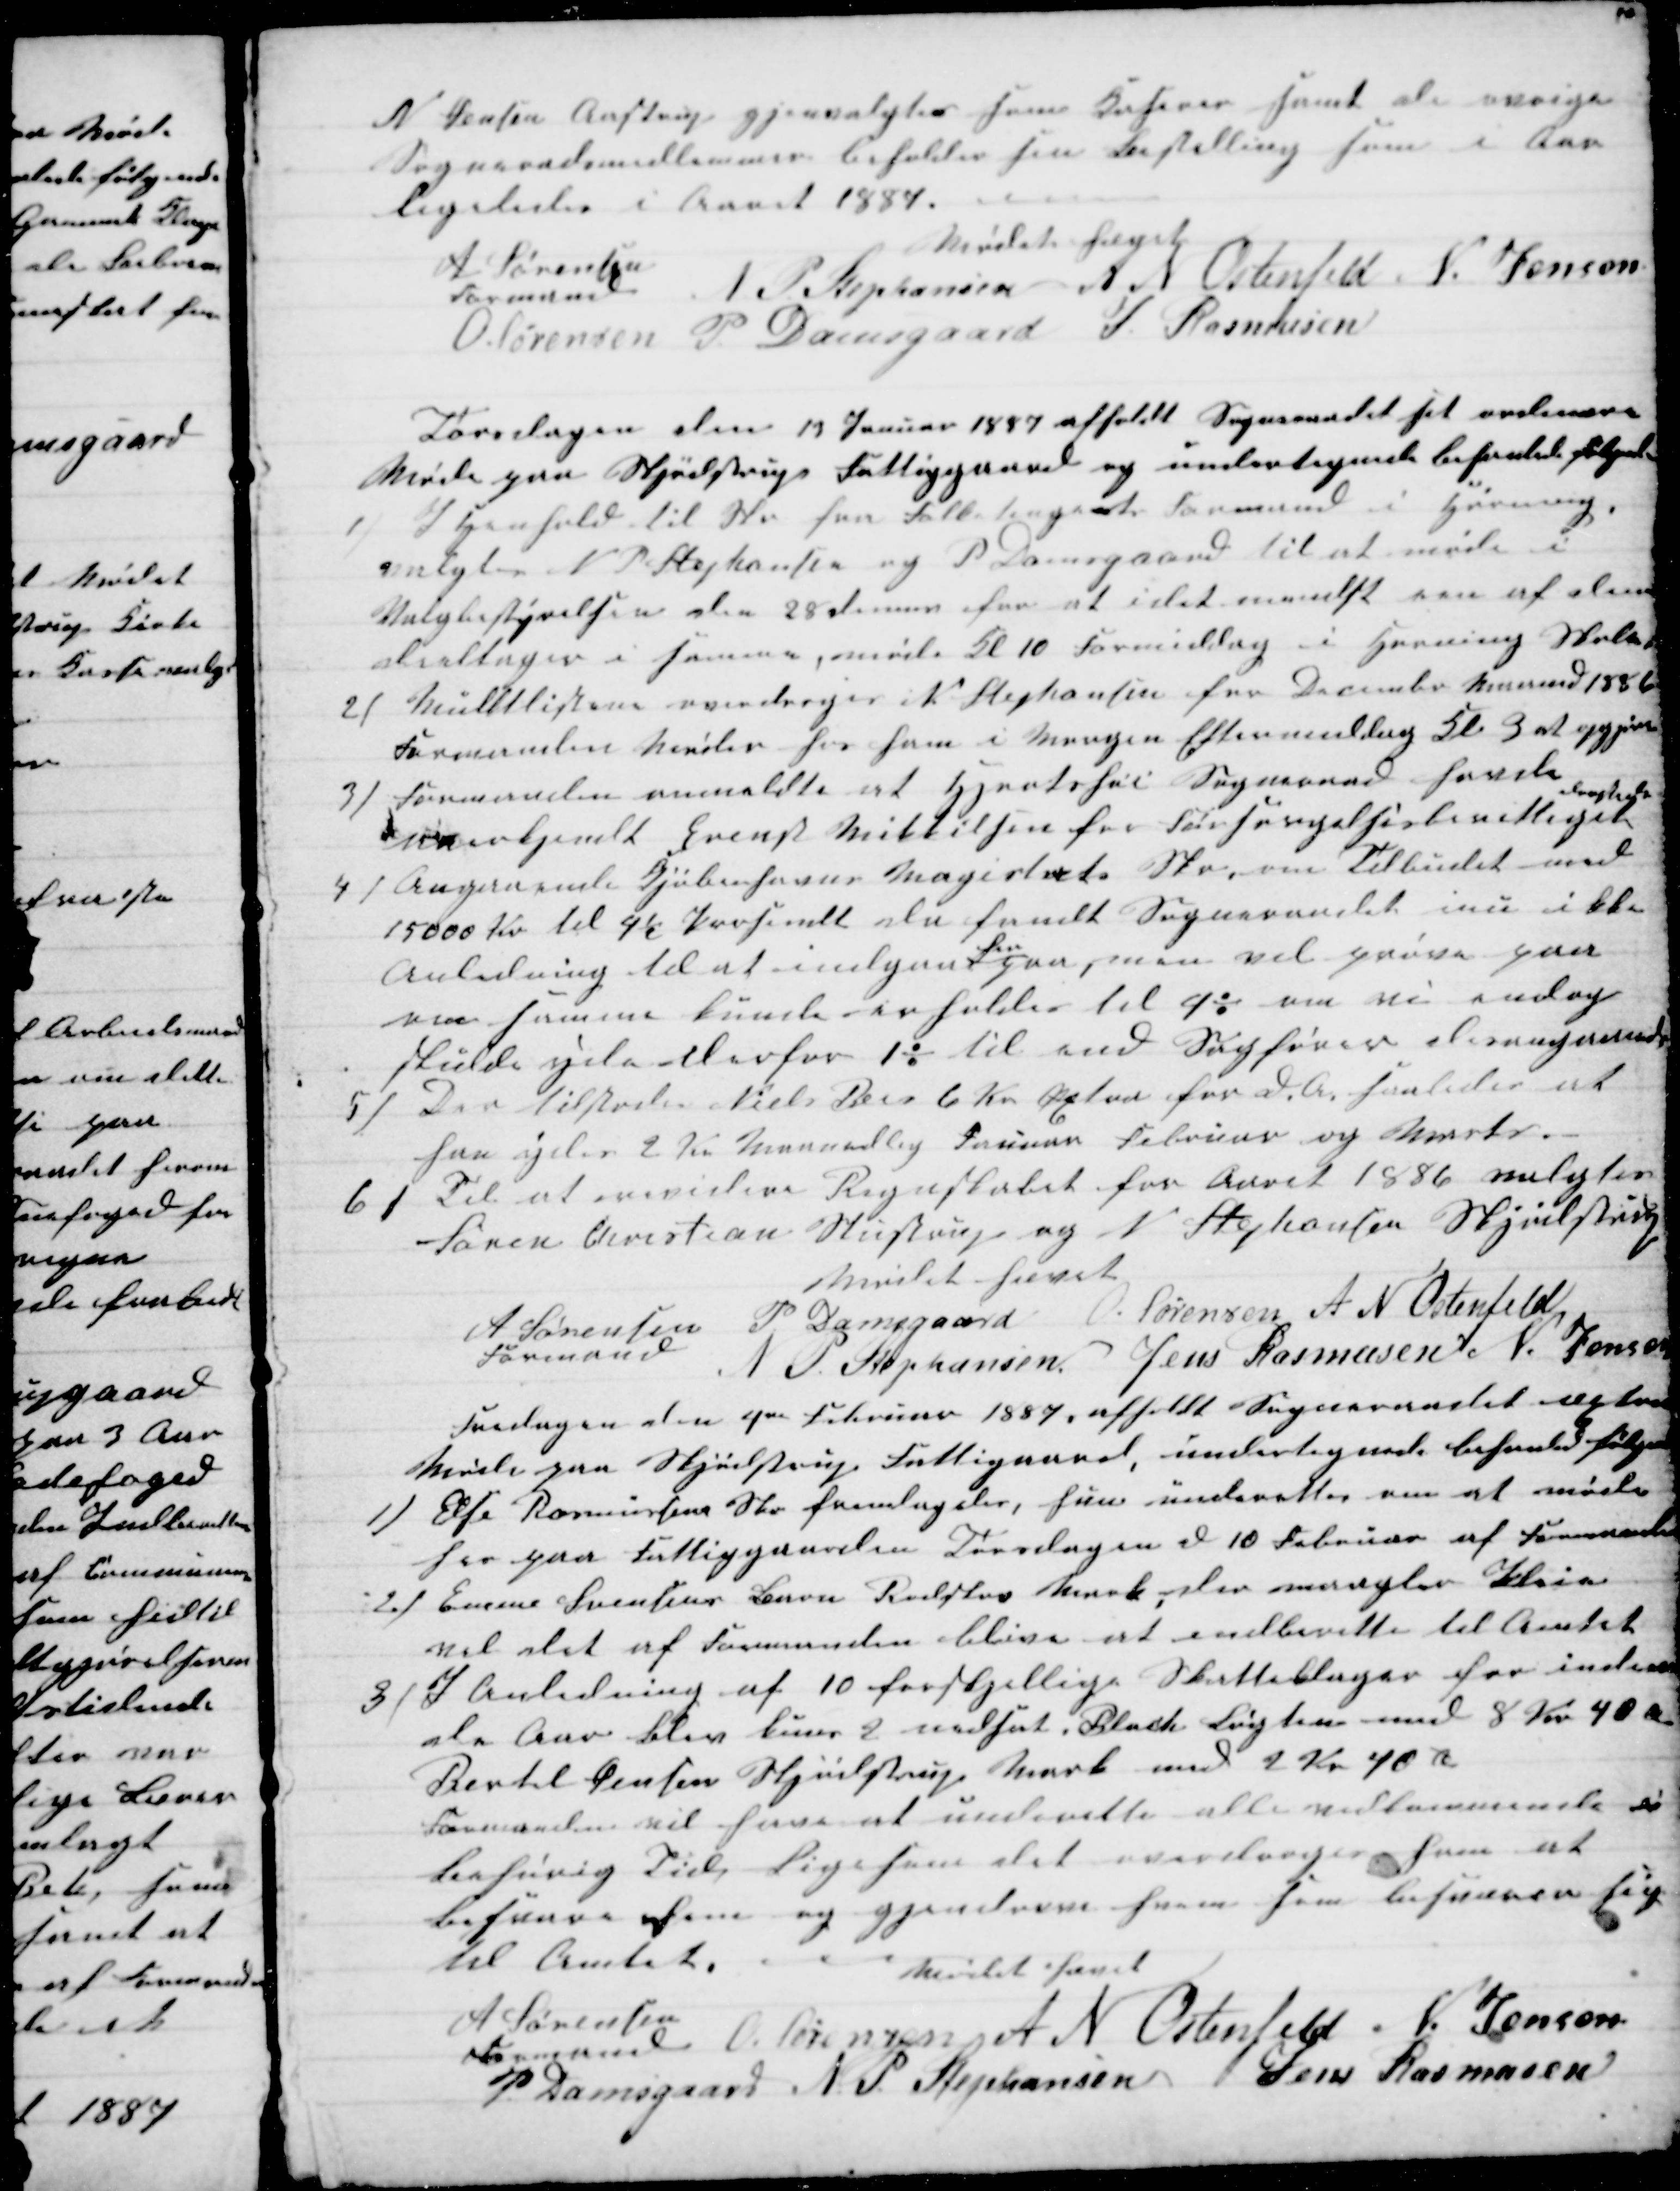
Transskription:
N. Jensen Aastrup gjenvalgtes som Kaserer samt de øvrige
Sogneraadsmedlemmer beholder sin Bestilling som i Aar
ligeledes i Aaret 1887.
Mødet hævet
A Sørensen
Formand 
N P Stephansen A N Osterfeld N Jensen
O. Sørensen P. Damsgaard J Rasmusen
Torsdagen den 13 Januar 1887 afholdt Sogneraadet sit ordinære
Møde paa Skjødstrups Fattiggaard og undertegnede behanlede følgende
1) I henhold til Skr fra Folketingets Formand i Hørning.
valgtes N P Stephansen og P Damsgaard til at møde i
Valgbestyrelsen den 28 dennes for at i det mendst een af dem
deeltager i samme, møde Kl 10 Formiddag i Hørning Skole.
2) Mulktlisterne overdroges N Stephansen for December Maaned 1886
Formanden møder hos ham i Morgen Eftermiddag Kl 3 at opgjøre
3) Formanden anmeldte at Hjortshøi Sogneraad havde
anerkjendt Erenst Mikkelsen for Forsørgelsesberettiget
dersteds
4) Angaaende Kjøbenhavns Magistrats Skr, om Tilbudet med
15000 Kr til 4½ Prosendt da fandt Sogneraadet inu ikke
Anledning til at indgaa 
her
paa, man vil prøve paa
om samme kunde erholdes til 4% om vi endog
skulde yde derfor 1% til end Sagfører desangaaende
5)
Der tilstodes Niels Beir 6 Kr Æxtra for d. A. saaledes at
han ydes 2 Kr Maanedlig Januar Februar og Marts.
6)
Til at revidere Regnskabet for Aaret 1986 valgtes
Søren Christian Stustrup og N Stephansen Skjødstrup
Mødet hævet
A Sørensen 
Formand
P. Damsgaard O. Sørensen A N Ostenfeld
N P Stephansen Jens Rasmusen N. Jensen
Fredagen den 4de Februar 1887 afholdt Sognsraadet æxtra
Møde paa Skjødstrup Fattiggaard, undertegnede behanled følgende
1)
Else Rasmussens Skr fremlagdes, hun underettes om at møde
her gaa Fattiggaarden Torsdagen d 10 Februar af Formanden
2) Emme Svensens Barn Rodskov Mark, der mangler Pleie
vil det af Formanden blive at indberette til Amtet
3) I Anledning af 10 forskjellige Skatteklager for indeværen-
de Aar blev kuns 2 nedsat, Black Løgten med 8 Kr 40 Øre
Bertel Jensen Skjødstrup Mark med 2 Kr 40 Ø
Formanden vil have at underette alle vedkommende i
Behørig Tid, Ligesom det overdroges ham at
besvare dem og gjendrive hvem som besværer sig
til Amtet.
Mødet hævet
A Sørensen
Formand
O. Sørensen A N Ostenfeld N. Jensen
P. Damsgaard N P Stephansen Jens Rasmusen